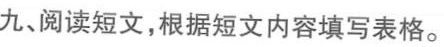
九、阅读短文，根据短文内容填写表格。